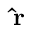
\mathbf { \hat { r } }